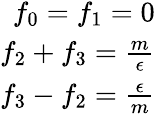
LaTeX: \begin{array}{r}{f_{0}=f_{1}=0}\\ {f_{2}+f_{3}=\frac{m}{\epsilon}}\\ {f_{3}-f_{2}=\frac{\epsilon}{m}}\end{array}